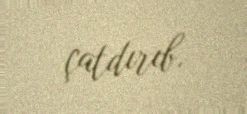
çatdırıb.